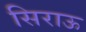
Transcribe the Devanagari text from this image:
सिराऊ